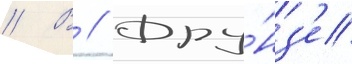
// В // Фру́нз'е